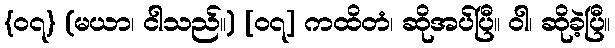
{၀၇} (မယာ၊ ငါသည်။) [၀၇] ကထိတံ၊ ဆိုအပ်ပြီ။ ဝါ၊ ဆိုခဲ့ပြီ။